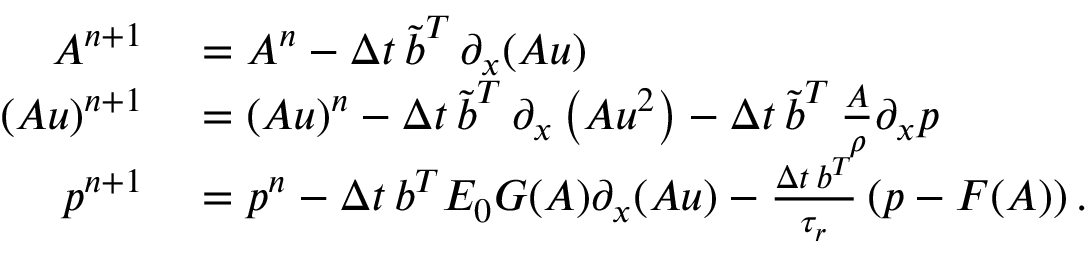
\begin{array} { r l } { A ^ { n + 1 } } & { { } = A ^ { n } - \Delta t \, \boldsymbol { \tilde { b } } ^ { T } \, \partial _ { x } ( \boldsymbol { A u } ) } \\ { ( A u ) ^ { n + 1 } } & { { } = ( A u ) ^ { n } - \Delta t \, \boldsymbol { \tilde { b } } ^ { T } \, \partial _ { x } \left( \boldsymbol { A u ^ { 2 } } \right) - \Delta t \, \boldsymbol { \tilde { b } } ^ { T } \, \frac { \boldsymbol { A } } { \rho } \partial _ { x } \boldsymbol { p } } \\ { p ^ { n + 1 } } & { { } = p ^ { n } - \Delta t \, \boldsymbol { b } ^ { T } E _ { 0 } \boldsymbol { G } ( \boldsymbol { A } ) \partial _ { x } ( \boldsymbol { A u } ) - \frac { \Delta t \, \boldsymbol { b } ^ { T } } { \tau _ { r } } \left( \boldsymbol { p } - \boldsymbol { F } ( \boldsymbol { A } ) \right) . } \end{array}